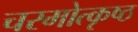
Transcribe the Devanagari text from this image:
चरमोत्कृष्ठ